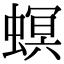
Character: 螟